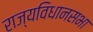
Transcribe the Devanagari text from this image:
राज्यविधानसभा